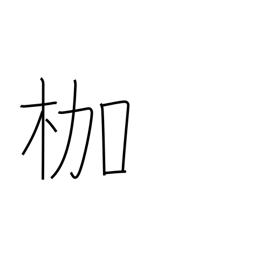
Meaning: bonds